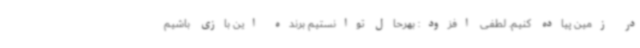
در زمین پیاده کنیم. لطفی افزود: بهرحال توانستیم برنده این بازی باشیم